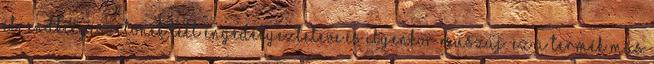
étrendkiegészítőnek lett engedélyezteteve.És ilyenkor muszáj. Ez a termék más